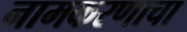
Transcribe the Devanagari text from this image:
नामकरणाचा